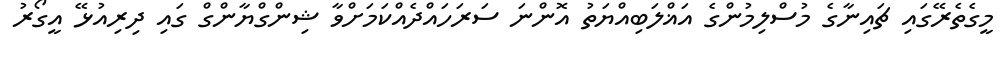
މީގެތެރޭގައި ޗައިނާގެ މުސްލިމުންގެ އަޣްލަބިއްޔަތު އޮންނަ ސަރަހައްދެއްކަމަށްވާ ޝިންގްޔާންގް ގައި ދިރިއުޅޭ އީގޯރު